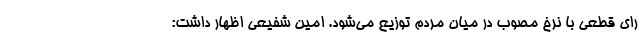
رای قطعی با نرخ مصوب در میان مردم توزیع می‌شود. امین شفیعی اظهار داشت: